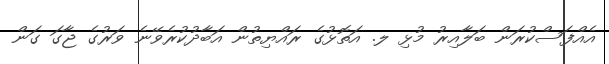
އެއްފަސްކުރަން ބަލާއިރު މުޅި ލ. އަތޮޅުގެ ރައްޔިތުން އަބާދުކުރެވޭނެ ވަރުގެ ޖާގަ ގަން